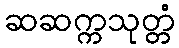
ဆဆက္ကသုတ္တံ